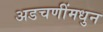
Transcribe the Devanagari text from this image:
अडचणींमधुन